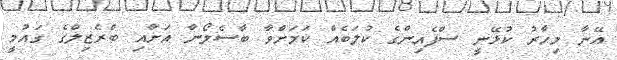
އޭނާ މިހާރު ކުޅޭނީ ސްޕެއިންގެ ކުލަބެއް ކަމަށްވާ ބާސެލޯނާ އަށާއި ބްރެޒިލްގެ ގައުމީ